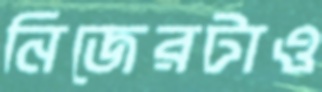
নিজেরটাও